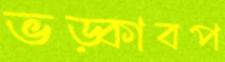
ভড়্‌কাবপ